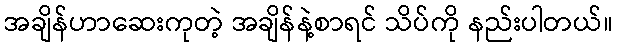
အချိန်ဟာဆေးကုတဲ့ အချိန်နဲ့စာရင် သိပ်ကို နည်းပါတယ်။